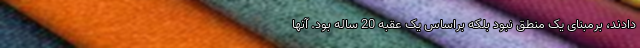
دادند، برمبنای یک منطق نبود بلکه براساس یک عقبه 20 ساله بود. آنها